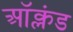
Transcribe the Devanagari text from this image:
ऑक्लंड